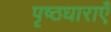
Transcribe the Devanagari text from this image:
पृष्ठधाराएँ